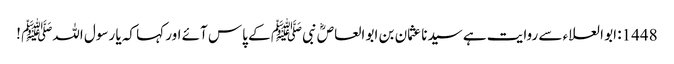
1448: ابو العلاء سے روایت ہے سیدنا عثمان بن ابو العاصؓ نبیﷺ کے پاس آئے اور کہا کہ یا رسول اللہﷺ !